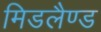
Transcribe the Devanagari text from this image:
मिडलैण्ड